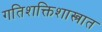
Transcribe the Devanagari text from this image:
गतिशक्तिशास्त्रात